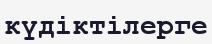
күдіктілерге